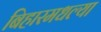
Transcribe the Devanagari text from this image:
बिहारमधल्या